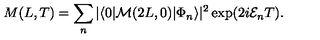
M ( L , T ) = \sum _ { n } | \langle 0 | { \cal M } ( 2 L , 0 ) | \Phi _ { n } \rangle | ^ { 2 } \exp ( 2 i { \cal E } _ { n } T ) .